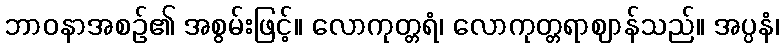
ဘာဝနာအစဉ်၏ အစွမ်းဖြင့်။ လောကုတ္တရံ၊ လောကုတ္တရာဈာန်သည်။ အပ္ပနံ၊